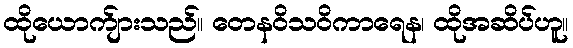
ထိုယောက်ျားသည်။ တေနဝိသဝိကာရေန၊ ထိုအဆိပ်ဟူ။